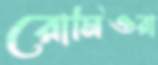
রোমিওরা